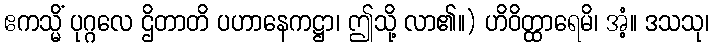
ဧကသ္မိံ ပုဂ္ဂလေ ဌိတာတိ ပဟာနေကဋ္ဌာ၊ ဤသို့ လာ၏။) ဟိဝိတ္ထာရေမိ၊ အံ့။ ဒသသု၊